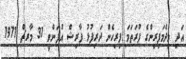
އަދި މިދެމަފިރިންގެ ފުރަތަމަ ފިރިހެން ދަރިފުޅު ފާރިޝް އުފަންވީ 31 މާރޗް 1971